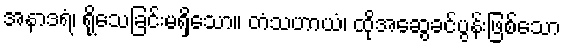
အနာဒရံ၊ ရိုသေခြင်းမရှိသော။ တံသဟာယံ၊ ထိုအဆွေခင်ပွန်းဖြစ်သော